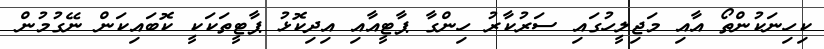
ކިހިނަކުންތޯ އާއި މަޖިލީހުގައި ސަރުކާރު ހިންގާ ޕާޓީއާއި އިދިކޮޅު ޕާޓީތަކަކީ ކޮބައިކަން ނޭގުމުން